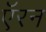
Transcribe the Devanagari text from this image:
ऍरन